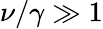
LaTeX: \nu/\gamma\gg 1